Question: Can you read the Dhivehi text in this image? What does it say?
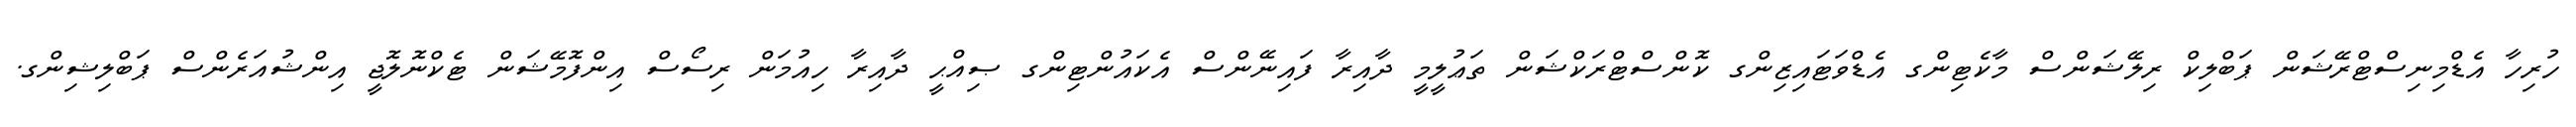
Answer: ހުރިހާ އެޑްމިނިސްޓްރޭޝަން ޕަބްލިކް ރިލޭޝަންސް މާކެޓިންގ އެޑްވަޓައިޒިންގ ކޮންސްޓްރަކްޝަން ތަޢުލީމީ ދާއިރާ ފައިނޭންސް އެކައުންޓިންގ ޞިއްޙީ ދާއިރާ ހިއުމަން ރިސޯސް އިންފޮމޭޝަން ޓެކްނޮލޮޖީ އިންޝުއަރެންސް ޕަބްލިޝިންގ.